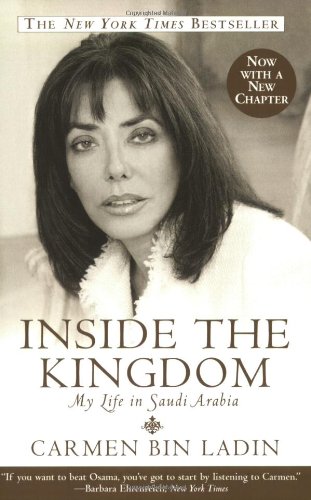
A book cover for Inside the Kingdom: My Life in Saudi Arabia; Carmen Bin Ladin; Biographies & Memoirs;